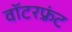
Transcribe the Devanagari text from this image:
वॉटरफ़्रंट